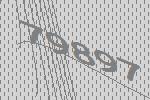
79897